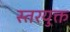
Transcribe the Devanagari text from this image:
स्तरयुक्त